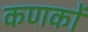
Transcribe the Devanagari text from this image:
कणकों